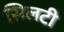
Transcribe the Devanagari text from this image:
सिलटी